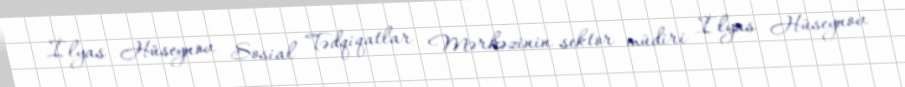
İlyas Hüseynov Sosial Tədqiqatlar Mərkəzinin sektor müdiri İlyas Hüseynov